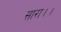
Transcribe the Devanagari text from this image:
सारा।।